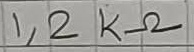
Text: 1,2KΩ